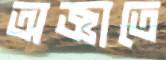
অজ্ঞাতে